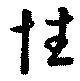
性